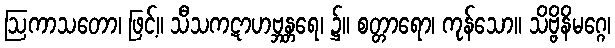
ဩကာသတော၊ ဖြင့်။ သီသကဋာဟဗ္ဘန္တရေ၊ ၌။ စတ္တာရော၊ ကုန်သော။ သိဗ္ဗိနိမဂ္ဂေ၊